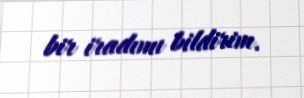
bir iradımı bildirim.